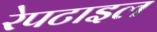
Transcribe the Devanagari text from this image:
रेपटाइल